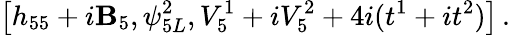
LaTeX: \left[h_{55}+i\mathbf{B}_{5},\psi_{5L}^{2},V_{5}^{1}+iV_{5}^{2}+4i(t^{1}+it^{2})\right]\, .